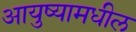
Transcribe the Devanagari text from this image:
आयुष्यामधील